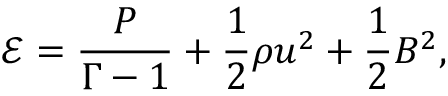
\mathcal { E } = \frac { P } { \Gamma - 1 } + \frac { 1 } { 2 } \rho u ^ { 2 } + \frac { 1 } { 2 } B ^ { 2 } ,